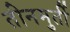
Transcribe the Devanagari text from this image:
तीनमुर्ती